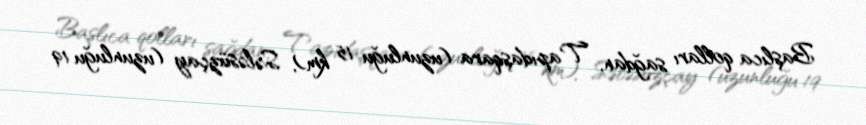
Başlıca qolları sağdan, Tapıdaşqara (uzunluğu 15 km), Sələsüzçay (uzunluğu 19